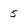
Character: 5